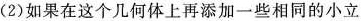
(2)如果在这个几何体上再添加一些相同的小立